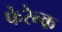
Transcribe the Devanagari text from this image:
फेरेन्क